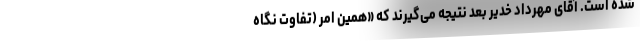
شده است. آقای مهرداد خدیر بعد نتیجه می‌گیرند که «همین امر (تفاوت نگاه